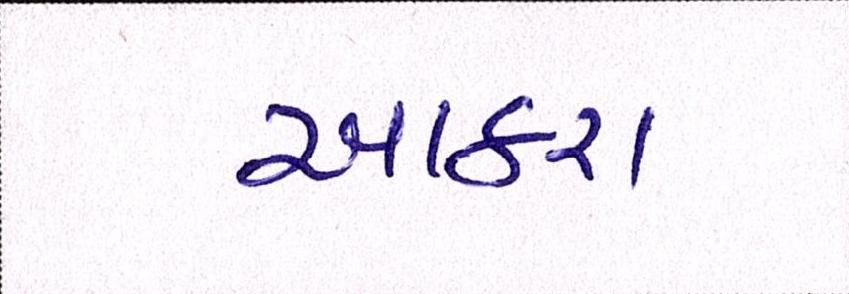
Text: આકરા